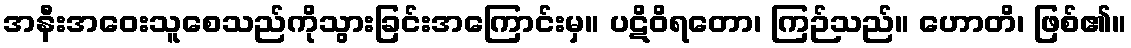
အနီးအဝေးသူစေသည်ကိုသွားခြင်းအကြောင်းမှ။ ပဋိဝိရတော၊ ကြဉ်သည်။ ဟောတိ၊ ဖြစ်၏။